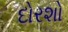
દોરશો